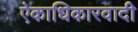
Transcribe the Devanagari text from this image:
ऐकाधिकारवादी